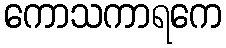
ကောသကာရကေ